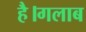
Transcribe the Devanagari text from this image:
है।गलाब